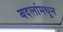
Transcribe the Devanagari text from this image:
बदलांमधून